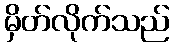
မှိတ်လိုက်သည်